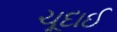
ચૂદાઈ